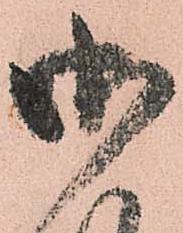
御